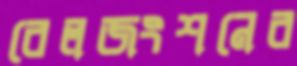
রেলজংশনের